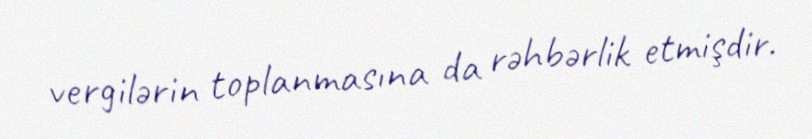
vergilərin toplanmasına da rəhbərlik etmişdir.